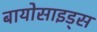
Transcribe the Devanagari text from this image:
बायोसाइड्स